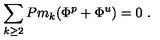
\sum _ { k \ge 2 } P m _ { k } ( \Phi ^ { p } + \Phi ^ { u } ) = 0 \ .